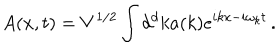
LaTeX: A ( x , t ) = V ^ { 1 / 2 } \int d ^ { d } k a ( k ) e ^ { i k x - i \omega _ { k } t } \, .